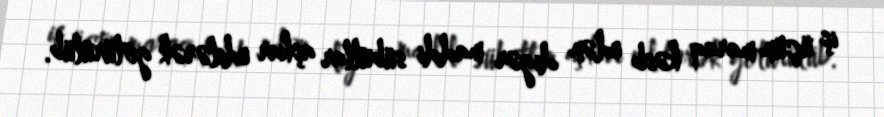
iş üçün maraq kəsb edən digər maddi sübutlar aşkar edilərək götürülüb.